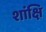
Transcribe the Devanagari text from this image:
शांक्षि